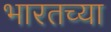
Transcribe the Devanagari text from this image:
भारतच्या